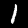
Label: 1